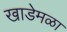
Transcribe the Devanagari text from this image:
खाडेमळा